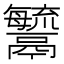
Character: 𩱢